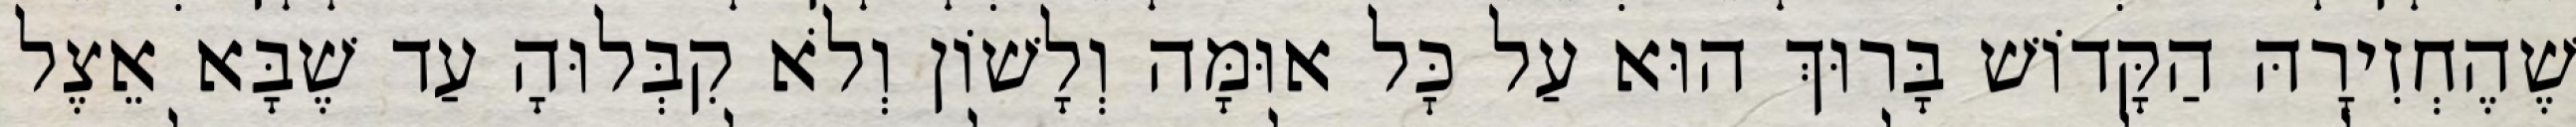
שֶׁהֶחְזִירָהּ הַקָּדוֹשׁ בָּרוּךְ הוּא עַל כׇּל אוּמָּה וְלָשׁוֹן וְלֹא קִבְּלוּהָ עַד שֶׁבָּא אֵצֶל